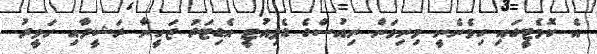
އެ ކޮމެޓީގައި ހިމެނެނީ މިނިވަން ނިއުސްގެ ޑެޕިއުޓީ އެޑިޓަރު ޒަހީނާ ރަޝީދާއި ހަވީރު